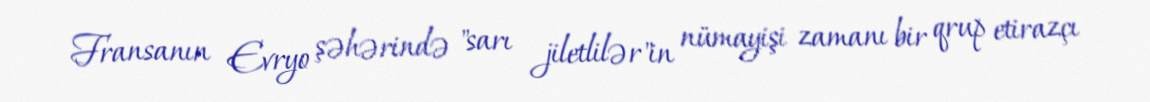
Fransanın Evryo şəhərində "sarı jiletlilər"in nümayişi zamanı bir qrup etirazçı